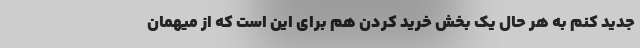
جدید کنم به هر حال یک بخش خرید کردن هم برای این است که از میهمان